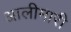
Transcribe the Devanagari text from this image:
आलीमारी